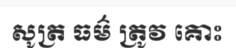
សូត្រ ធម៌ ត្រូវ គោះ